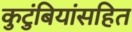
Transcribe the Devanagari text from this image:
कुटुंबियांसहित